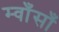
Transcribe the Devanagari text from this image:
म्वाँसाँ